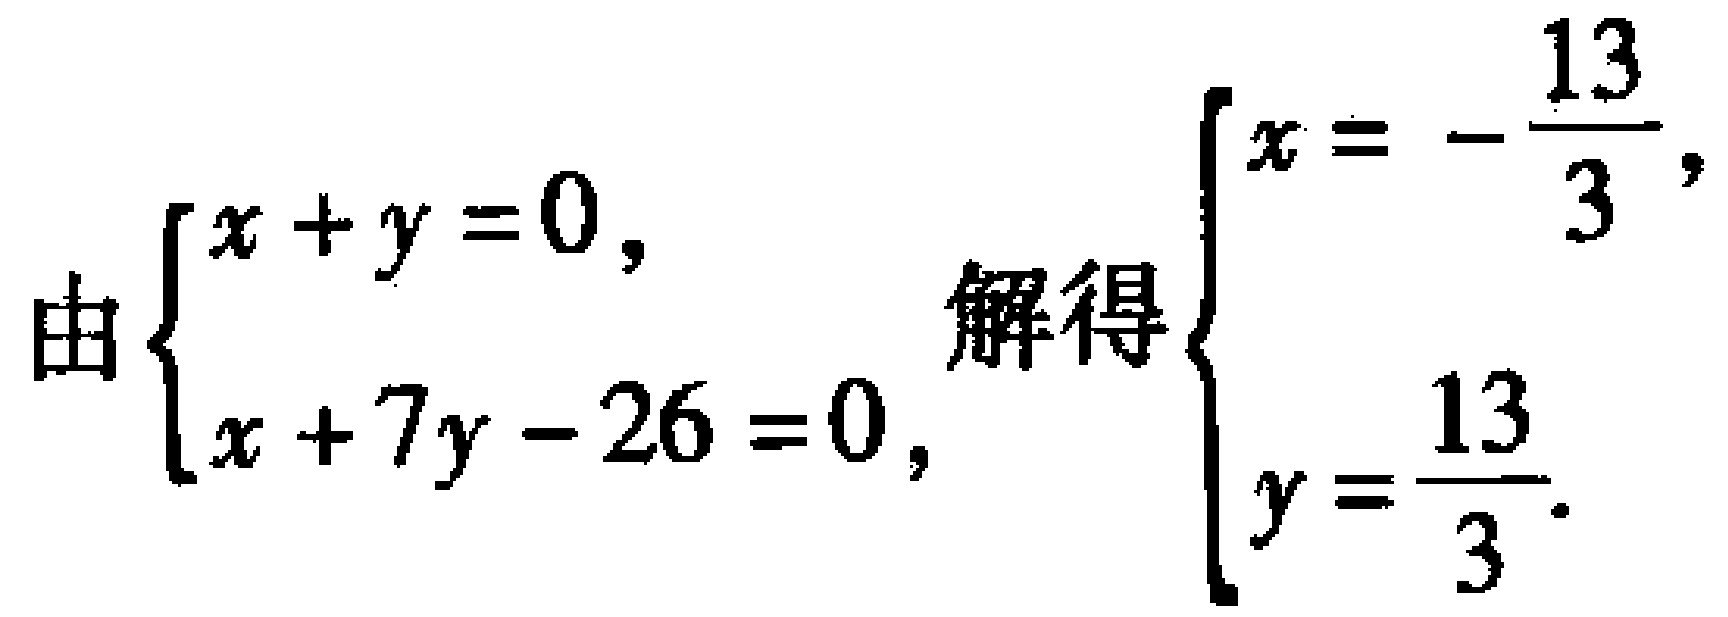
由\(\begin{cases}x + y = 0,\\x + 7y - 26 = 0,\end{cases}\)解得\(\begin{cases}x = -\dfrac{13}{3},\\y = \dfrac{13}{3}.\end{cases}\)